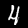
Label: 4